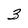
Character: 3